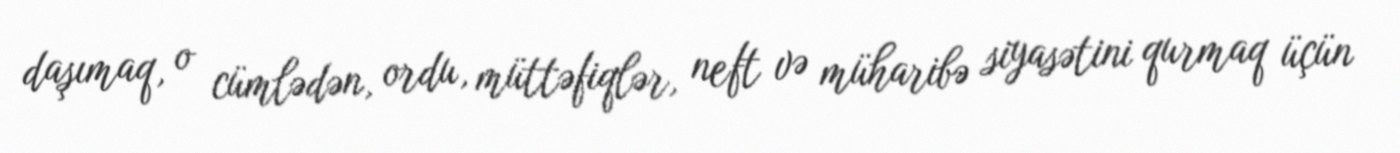
daşımaq, o cümlədən, ordu, müttəfiqlər, neft və müharibə siyasətini qurmaq üçün